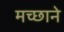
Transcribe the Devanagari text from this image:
मच्छाने